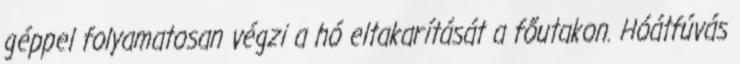
géppel folyamatosan végzi a hó eltakarítását a főutakon. Hóátfúvás